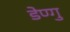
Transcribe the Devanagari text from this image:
डेण्गु